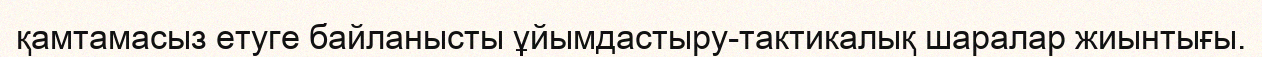
қамтамасыз етуге байланысты ұйымдастыру-тактикалық шаралар жиынтығы.